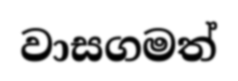
වාසගමත්